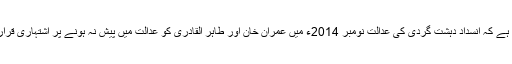
یہ امر قابل ذکر ہے کہ انسداد دہشت گردی کی عدالت نومبر 2014ء میں عمران خان اور طاہر القادری کو عدالت میں پیش نہ ہونے پر اشتہاری قرار دے چکی ہے۔